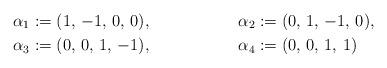
LaTeX: \begin{align*} & \alpha_{1} := (1,\,-1,\,0,\,0), & & \alpha_{2} := (0,\,1,\,-1,\,0), \\ & \alpha_{3} := (0,\,0,\,1,\,-1), & & \alpha_{4} := (0,\,0,\,1,\,1)\end{align*}